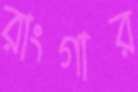
রাংগার